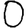
Digit: 0